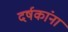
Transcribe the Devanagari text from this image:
दर्षकांना